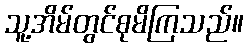
သူ့အိမ်တွင်စုမိကြသည်။